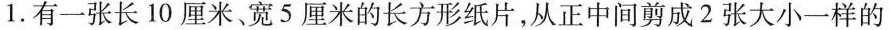
1.有一张长10厘米、宽5厘米的长方形纸片，从正中间剪成2张大小一样的